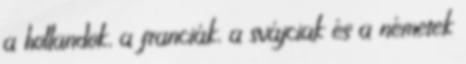
a hollandok, a franciák, a svájciak és a németek